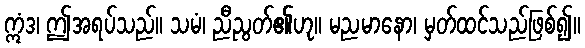
ဣံဒ၊ ဤအရပ်သည်။ သမံ၊ ညီညွတ်၏ဟု။ မညမာနော၊ မှတ်ထင်သည်ဖြစ်၍။